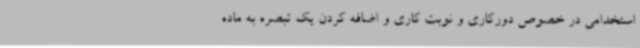
استخدامی در خصوص دورکاری و نوبت کاری و اضافه کردن یک تبصره به ماده